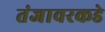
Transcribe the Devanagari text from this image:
तंजावरकडे